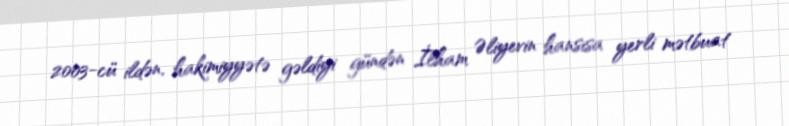
2003-cü ildən, hakimiyyətə gəldiyi gündən İlham Əliyevin hansısa yerli mətbuat